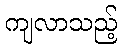
ကျလာသည့်